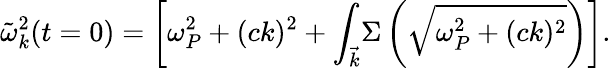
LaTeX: \tilde{\omega}_{k}^{2}(t=0)=\left[\omega_{P}^{2}+(ck)^{2}+{\int_{\vec{k}}}\Sigma\left(\sqrt{\omega_{P}^{2}+(ck)^{2}}\right)\right].